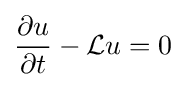
{\frac {\partial u}{\partial t}}-{\mathcal {L}}u=0